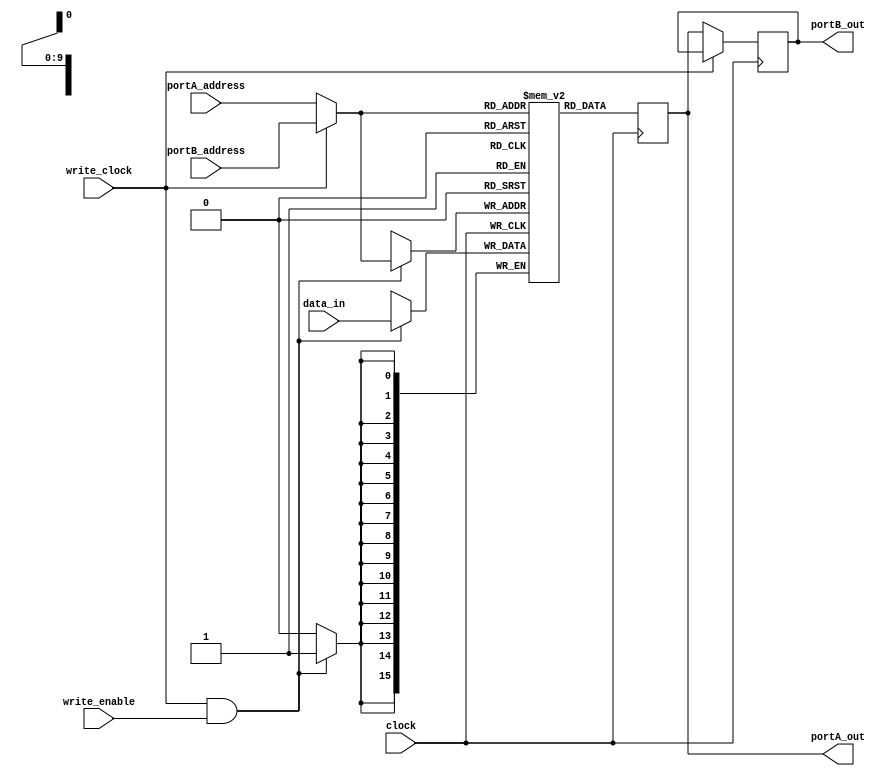
module memory_block (
  input clock,
  input write_clock,
  input write_enable,
  input [address_width-1:0] portA_address,
  input [address_width-1:0] portB_address,
  input [data_width-1:0] data_in,
  output reg [data_width-1:0] portA_out,
  output reg [data_width-1:0] portB_out
);

parameter data_width = 16;
parameter address_width = 10;
parameter mem_depth = 1 << address_width;

reg [data_width-1:0] mem[mem_depth-1:0];

wire [address_width-1:0] read_address = write_clock ? portB_address : portA_address;

always@(negedge clock) begin
  if(~write_clock)
    portB_out = portA_out;
end

always @(posedge clock) begin
  portA_out <= mem[read_address];
  if(write_clock && write_enable)
    mem[read_address] <= data_in;
end

endmodule